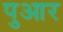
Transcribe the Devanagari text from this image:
पुआर